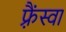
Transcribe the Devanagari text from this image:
फ़्रैंस्वा